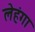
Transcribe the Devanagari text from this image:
लेहंगा